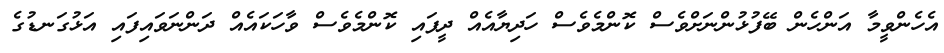
އެހެންވީމާ އަންހެން ބޭފުޅުންނަށްވެސް ކޮންމެވެސް ހަދިޔާއެއް ދީފައި ކޮންމެވެސް ވާހަކައެއް ދަންނަވައިފައި އަޅުގަނޑުގެ